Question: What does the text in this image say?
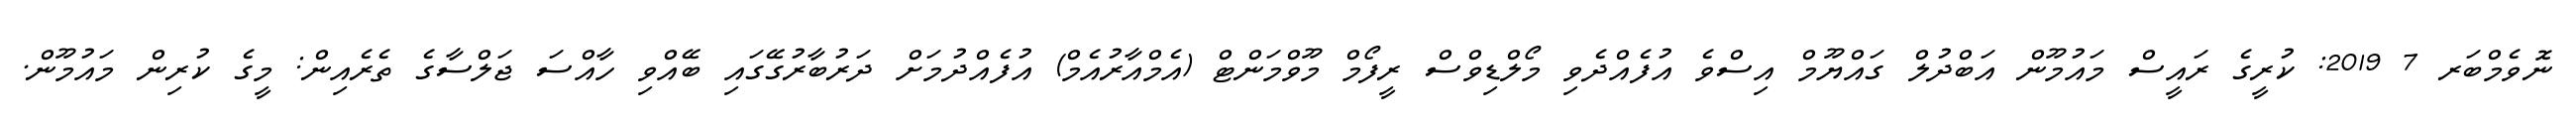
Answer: ނޮވެމްބަރ 7 2019: ކުރީގެ ރައީސް މައުމޫން އަބްދުލް ގައްޔޫމް އިސްވެ އުފެއްދެވި މޯލްޑިވްސް ރީފޯމް މޫވްމަންޓް (އެމްއާރުއެމް) އުފެއްދުމަށް ދަރުބާރުގޭގައި ބޭއްވި ހާއްސަ ޖަލްސާގެ ތެރެއިން: މީގެ ކުރިން މައުމޫން.